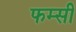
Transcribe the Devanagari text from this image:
फम्सी